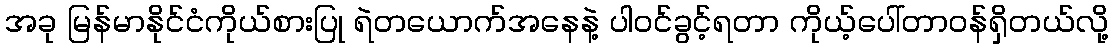
အခု မြန်မာနိုင်ငံကိုယ်စားပြု ရဲတယောက်အနေနဲ့ ပါဝင်ခွင့်ရတာ ကိုယ့်ပေါ်တာဝန်ရှိတယ်လို့